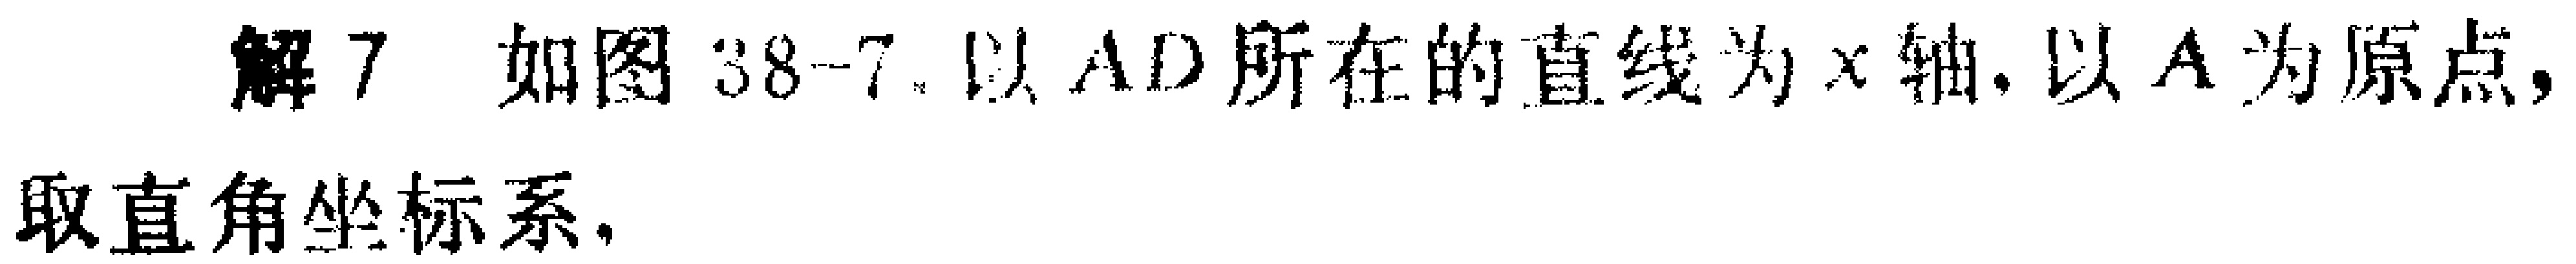
解7 如图38 - 7，以\(AD\)所在的直线为\(x\)轴，以\(A\)为原点，取直角坐标系.